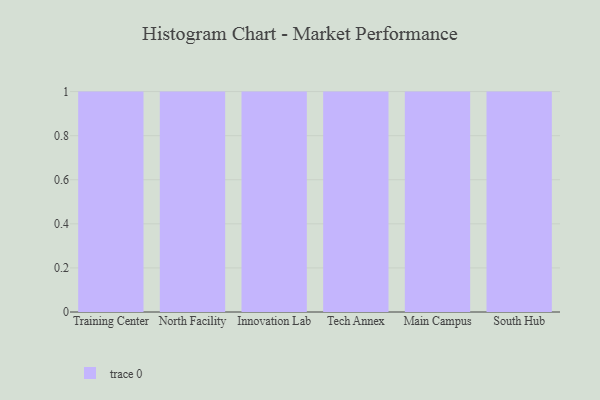
{"axis": {"x": "Campus", "y": "Population (Million)"}, "legend": [""], "data": [{"x": "Training Center", "y": 58, "type": ""}, {"x": "North Facility", "y": 88, "type": ""}, {"x": "Innovation Lab", "y": 51, "type": ""}, {"x": "Tech Annex", "y": 85, "type": ""}, {"x": "Main Campus", "y": 45, "type": ""}, {"x": "South Hub", "y": 38, "type": ""}]}